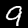
Label: 9